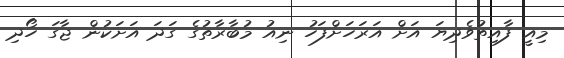
މިއީ ފާއިތުވެދިޔަ އަށް އަރަހަށްފަހު ނިއު މުބާރާތުގެ ގަދަ އަށަކުން ޖާގަ ހޯދި